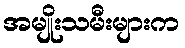
အမျိုးသမီးများက